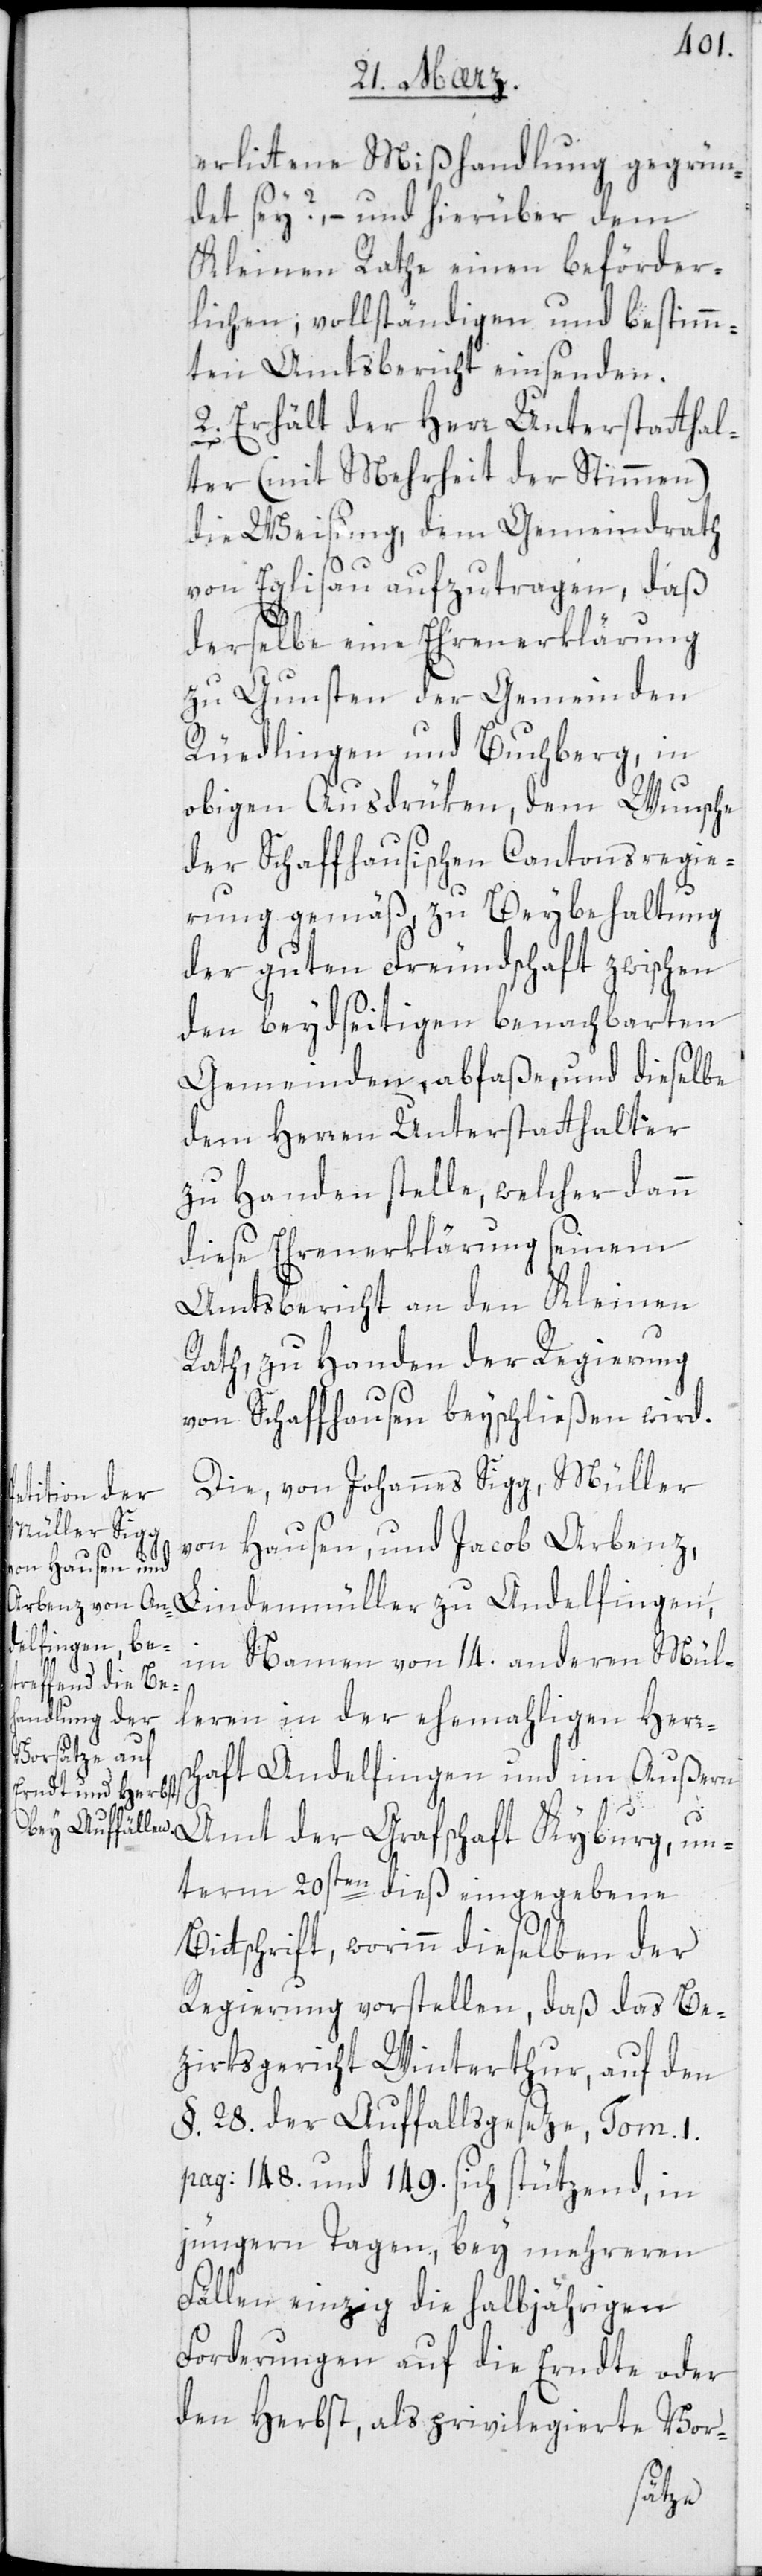
erlittene Mißhandlung gegrün¬
det sei? – und hierüber dem
Kleinen Rathe einen beförder¬
lichen vollständigen und bestimm¬
ten Amtsbericht einsenden.
2. Erhält der Herr Unterstatthal¬
ter (mit Mehrheit der Stimmen)
die Weisung, dem Gemeindrath
von Eglisau aufzutragen, daß
derselbe eine Ehrenerklärung
zu Gunsten der Gemeinden
Rüdlingen und Buchberg, in
obigen Ausdrüken, dem Wunsche
der Schaffhausischen Cantonsregie¬
rung gemäß, zu Beybehaltung
der guten Freundschaft zwischen
den beydseitigen benachbarten
Gemeinden, abfaße, und dieselbe
dem Herren Unterstatthalter
zu Handen stelle, welcher dann
diese Ehrenerklärung seinem
Amtsbericht an den Kleinen
Rath, zu Handen der Regierung
von Schaffhausen beischließen wird.
Die von Johannes Sigg, Müller
von Hausen, und Jacob Arbenz,
Lindenmüller zu Andelfingen,
im Namen von 14. anderen Mül¬
leren in der ehemaligen Herrs¬
chaft Andelfingen und im Außern
Amt der Grafschaft Kyburg, un¬
term 20sten dieß eingegebene
Bittschrift, worinn dieselben der
Regierung vorstellen, daß das Be¬
zirksgericht Winterthur, auf den
§. 28. der Auffallsgesetze, Tom. I.
pag: 148. und 149. sich stützend, in
jüngern Tagen, bey mehreren
Fällen einzig die halbjährigen
Forderungen auf die Erndte oder
den Herbst, als privilegierte Vor-